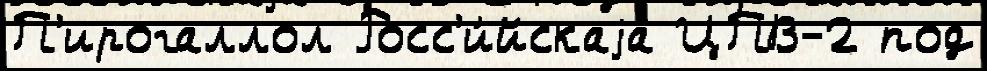
П'ирогаллол Росс'и́йскаjа ЦПВ-2 под